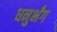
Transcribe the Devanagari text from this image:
धनुर्भंग